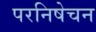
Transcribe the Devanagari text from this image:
परनिषेचन